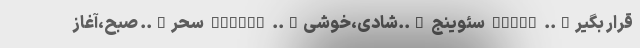
قرار بگیر….. SEVIL سئوینج …..شادی،خوشی….. SEVINC سحر….. صبح،آغاز